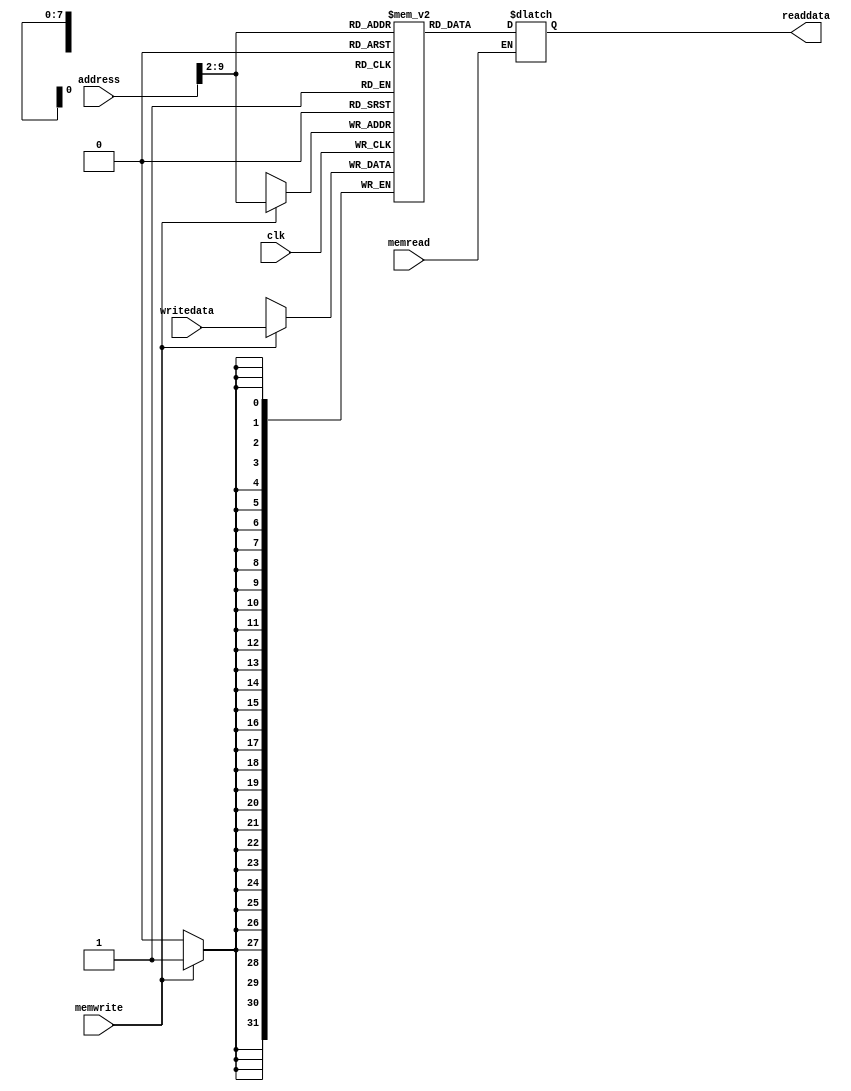
//Name:yazan issa alhroub
//ID:0145597


module Data_Memory(readdata , address, writedata , memwrite , memread , clk); 
input [31:0] address , writedata ; 
input memwrite , memread , clk; 
output [31:0] readdata; 
reg [31:0] readdata; 
reg [31:0] DM [255:0]; 
integer i;
	initial begin 
	for(i=0;i<256;i=i+1)
        DM[i]=i;	 
	end 

always @(posedge clk)
 begin  #5; if(memwrite==1)
               DM[address>>2]=writedata; 
            end

always @(address or memread)
 begin  #15; if(memread==1)
               readdata=DM[address>>2];
             end


endmodule 
/*
	reg [31:0] instruction; 
	reg [31:0] IM [255:0]; 
	initial begin 
		 IM[0] = 32'h00000010;
		 IM[1] = 32'h00000020;
		 IM[2] = 32'h00000030;
		 IM[3] = 32'h00000040;
		 IM[4] = 32'h00000050;
	end 
	always @ (PC ) 
		#15 instruction = IM[PC>>2]; 
*/